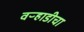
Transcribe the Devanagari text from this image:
वऱ्हाडीचा